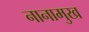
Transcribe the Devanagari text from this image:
नानामुख